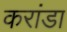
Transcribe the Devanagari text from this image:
करांडा